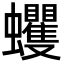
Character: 蠼